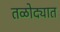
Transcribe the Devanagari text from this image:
तळोद्यात